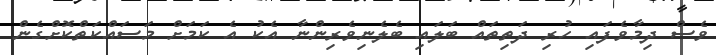
ވެސް ދިމާވެފައި ހުރި ދަތިތައް ބަލައި ބެލެނިވެރިންނާ އެކު އެ ކަމަށް މަސައްކަތްކޮށްގެން